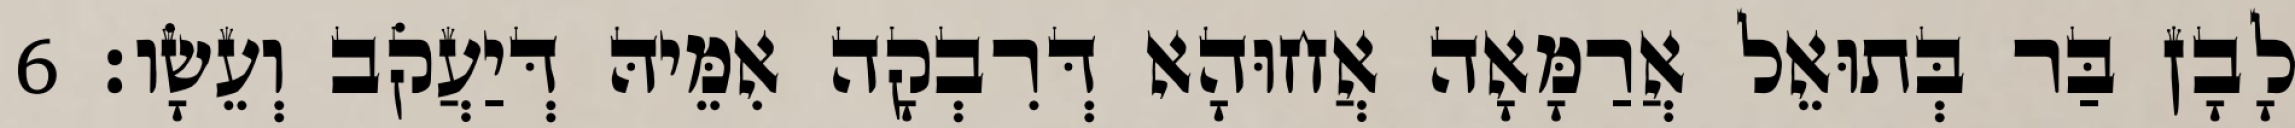
לָבָן בַּר בְּתוּאֵל אֲרַמָּאָה אֲחוּהָא דְּרִבְקָה אִמֵּיהּ דְּיַעֲקֹב וְעֵשָׂו׃ 6